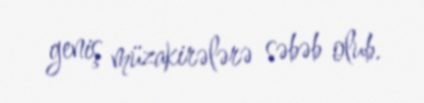
geniş müzakirələrə səbəb olub.